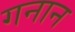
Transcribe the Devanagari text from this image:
गनान